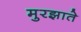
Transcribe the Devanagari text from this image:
मुरझाते